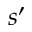
s ^ { \prime }